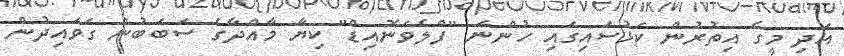
އަދި މީގެ އިތުރުން ކަޅުސައިގައި ހުންނަ "ފްލެވަނޮއިޑް" ކިޔާ މާއްދާގެ ސަބަބުން ގަވައިދުން